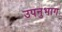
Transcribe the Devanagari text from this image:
उपनुभाग